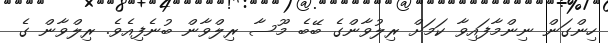
ހިންގަން ނިންމާފައިވާ ކަމަށް ރިލުވާންގެ ބޭބެ މޫސާ ރިލްވާން ބުނެފިއެވެ. ރިލްވާން ގެ